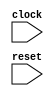
module behavioral_model (
    input wire clock,
    input wire reset,
    // other input/output ports
);

always @(posedge clock or negedge reset) begin
    if (reset == 1'b0) begin
        // perform actions on negative edge of reset
    end else begin
        // perform actions on positive edge of clock
    end
end

endmodule